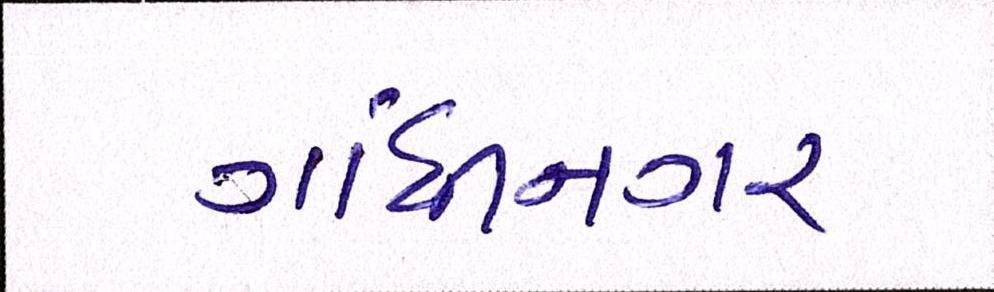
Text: ગાંધીનગર